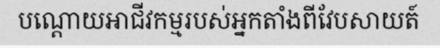
បណ្តោយអាជីវកម្មរបស់អ្នកតាំងពីវែបសាយត៍